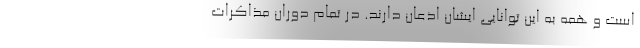
است و همه به این توانایی ایشان اذعان دارند. در تمام دوران مذاکرات